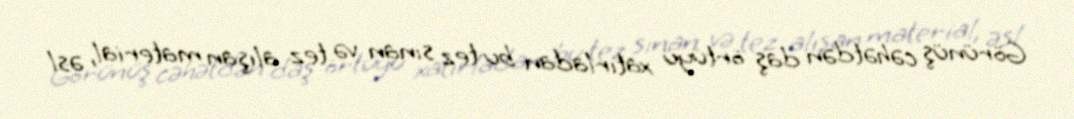
Görünüş cəhətdən daş örtüyü xatırladan bu tez sınan və tez alışan material, əsl